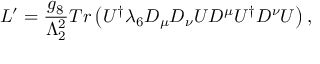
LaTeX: { \cal L } ^ { \prime } = { \frac { g _ { 8 } ^ { \phantom { 2 } } } { \Lambda _ { 2 } ^ { 2 } } } T r \left( U ^ { \dagger } \lambda _ { 6 } D _ { \mu } D _ { \nu } U D ^ { \mu } U ^ { \dagger } D ^ { \nu } U \right) ,